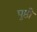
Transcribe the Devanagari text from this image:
पुष्ठी